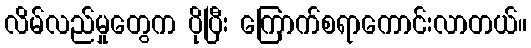
လိမ်လည်မှုတွေက ပိုပြီး ကြောက်စရာကောင်းလာတယ်။